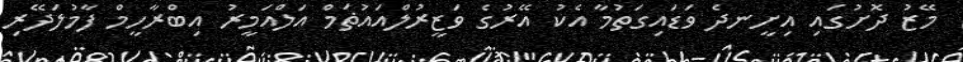
މޭޒު ދޮށުގައި އިށީނދެ ވަޑައިގަތުމާ އެކު އޭރުގެ ވަޒީރުލްއައުޡަމް އަލްއަމީރު އިބްރާހީމް ފާމުލަދޭރި